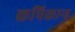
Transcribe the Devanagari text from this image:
कपिकान्ह